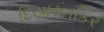
દિયારબકિર